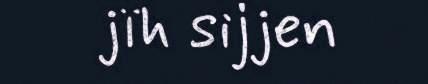
jïh sijjen